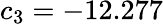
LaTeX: c_{3}=-12.277